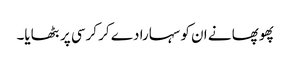
پھوپھا نے ان کو سہارا دے کر کرسی پر بٹھایا۔